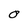
Character: O